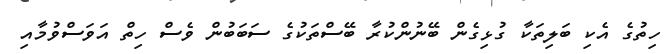
ހިތުގެ އެކި ބަލިތަކާ ގުޅިގެން ބޭނުންކުރާ ބޭސްތަކުގެ ސަބަބުން ވެސް ހިތް އަވަސްވުމާއި